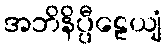
အဘိနိပ္ပီဠေယျံ